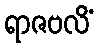
ရာဇဗလိံ